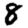
Digit: 8